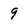
Character: 9